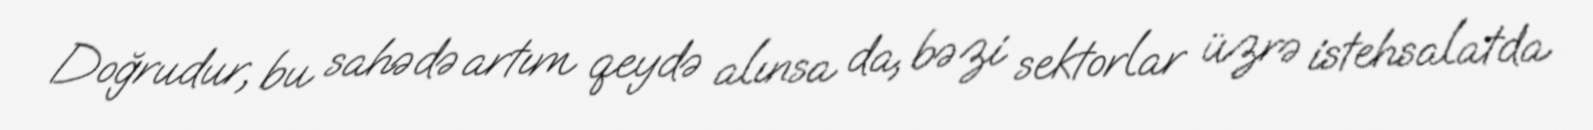
Doğrudur, bu sahədə artım qeydə alınsa da, bəzi sektorlar üzrə istehsalatda